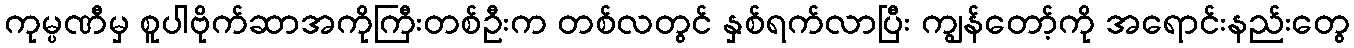
ကုမ္ပဏီမှ စူပါဗိုက်ဆာအကိုကြီးတစ်ဦးက တစ်လတွင် နှစ်ရက်လာပြီး ကျွန်တော့်ကို အရောင်းနည်းတွေ